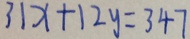
3 1 x + 1 2 y = 3 4 7